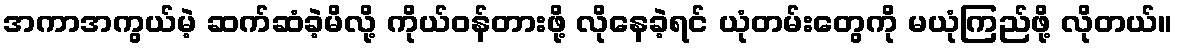
အကာအကွယ်မဲ့ ဆက်ဆံခဲ့မိလို့ ကိုယ်ဝန်တားဖို့ လိုနေခဲ့ရင် ယုံတမ်းတွေကို မယုံကြည်ဖို့ လိုတယ်။